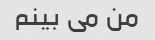
من می بینم